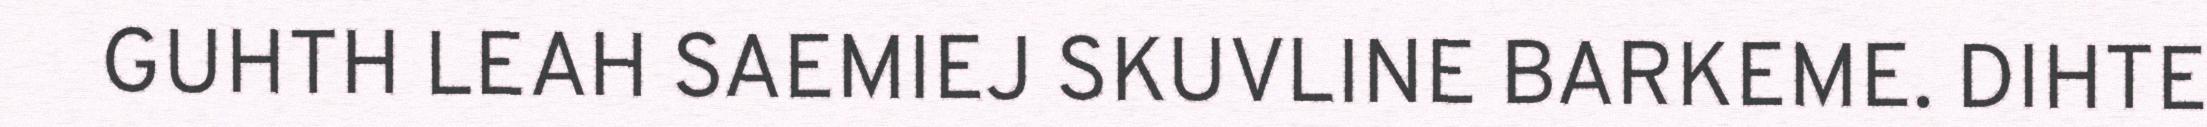
GUHTH LEAH SAEMIEJ SKUVLINE BARKEME. DIHTE